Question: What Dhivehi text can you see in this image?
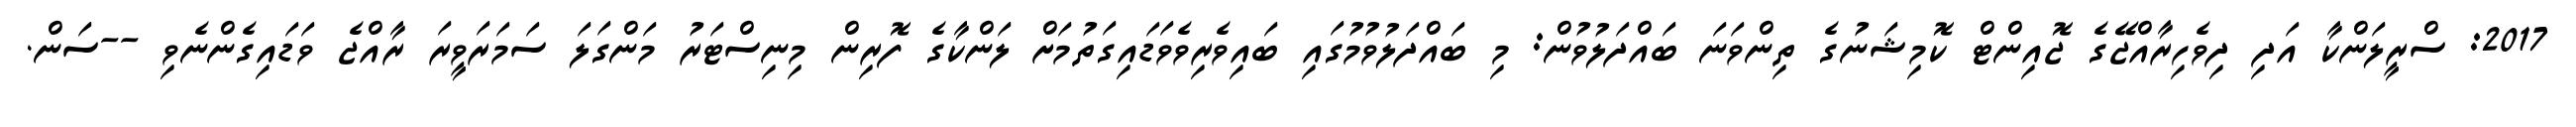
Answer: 2017: ސްރީލަންކާ އަދި ދިވެހިރާއްޖޭގެ ޖޮއިންޓް ކޮމިޝަނުގެ ތިންވަނަ ބައްދަލުވުން: މި ބައްދަލުވުމުގައި ބައިވެރިވެވަޑައިގަތުމަށް ލަންކާގެ ފޮރިން މިނިސްޓަރު މަންގަލަ ސަމަރަވީރަ ރާއްޖެ ވަޑައިގެންނެވި --ސަން.